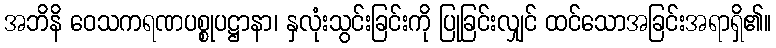
အဘိနိ ဝေသကရဏပစ္စုပဋ္ဌာနာ၊ နှလုံးသွင်းခြင်းကို ပြုခြင်းလျှင် ထင်သောအခြင်းအရာရှိ၏။